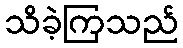
သိခဲ့ကြသည်